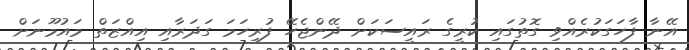
އޭނާ ފާހަގަކުރެއްވި ގޮތުގައި ކުރީގެ ރައީސަކަށް ދޭންޖެހޭ ފުރިހަމަ ގަދަރާއި އިއްޒަތް މައުމޫނަށް